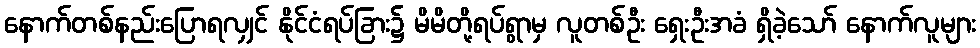
နောက်တစ်နည်းပြောရလျှင် နိုင်ငံရပ်ခြား၌ မိမိတို့ရပ်ရွာမှ လူတစ်ဦး ရှေးဦးအခံ ရှိခဲ့သော် နောက်လူများ